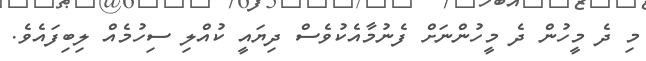
މި ދެ މީހުން ދެ މީހުންނަށް ފެނުމާއެކުވެސް ދިޔައީ ކުއްލި ސިހުމެއް ލިބިފައެވެ.